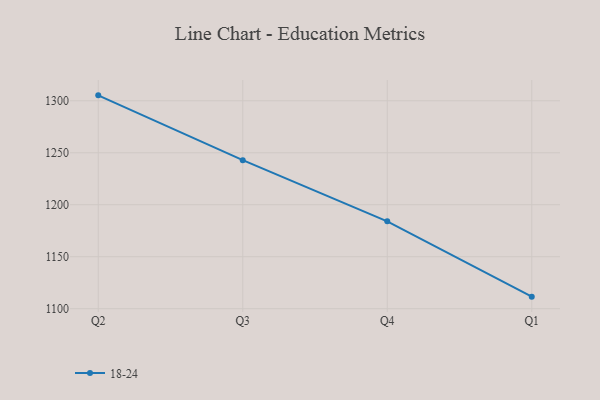
{"axis": {"x": "Quarter", "y": "Demand Index"}, "legend": ["18-24"], "data": [{"x": "Q2", "y": 1305.2, "type": "18-24"}, {"x": "Q3", "y": 1242.9, "type": "18-24"}, {"x": "Q4", "y": 1184.0, "type": "18-24"}, {"x": "Q1", "y": 1111.6, "type": "18-24"}]}